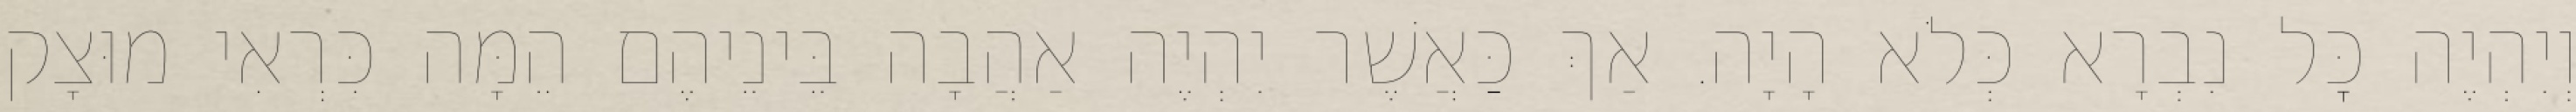
וְיִהְיֶה כׇּל נִבְרָא כְּלֹא הָיָה. אַךְ כַּאֲשֶׁר יִהְיֶה אַהֲבָה בֵּינֵיהֶם הֵמָּה כִּרְאִי מוּצָק